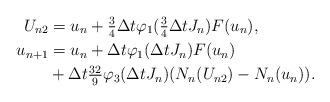
LaTeX: \begin{align*} U_{n2}&= u_n + \tfrac{3}{4} \Delta t \varphi _{1} ( \tfrac{3}{4}\Delta t J_n)F(u_n), \\u_{n+1}& = u_n + \Delta t \varphi _{1} (\Delta t J_n)F(u_n) \\ &+ \Delta t \tfrac{32}{9}\varphi_3 (\Delta t J_n) (N_n (U_{n2})- N_n(u_n )) .\end{align*}